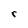
Character: r